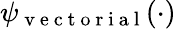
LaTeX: \psi_{\mathrm{~v~e~c~t~o~r~i~a~l~}}(\cdot)